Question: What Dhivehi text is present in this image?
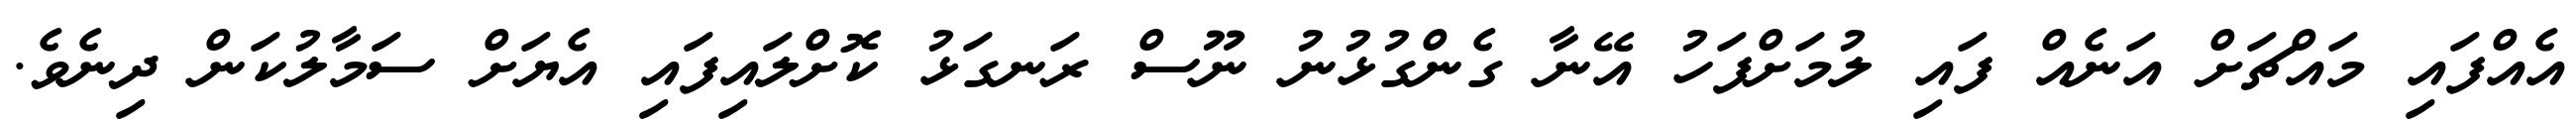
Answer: އެއްފައި މައްޗަށް އަނެއް ފައި ލުމަށްފަހު އޭނާ ގެންގުޅުނު ނޫސް ރަނގަޅު ކޮށްލައިފައި އެޔަށް ސަމާލުކަން ދިނެވެ.